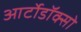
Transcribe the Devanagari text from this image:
आर्टोडॉक्सो